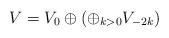
LaTeX: \begin{align*}V = V_0\oplus\left(\oplus_{k>0}V_{-2k}\right)\end{align*}